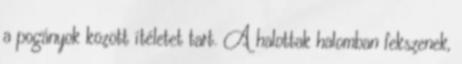
a pogányok között ítéletet tart. A halottak halomban fekszenek,